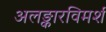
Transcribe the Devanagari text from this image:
अलङ्कारविमर्श